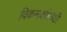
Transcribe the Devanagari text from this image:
विकसकांसाठी